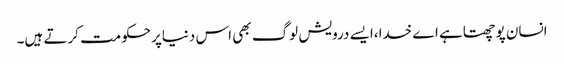
انسان پوچھتاہے اے خدا،ایسے درویش لوگ بھی اس دنیاپرحکومت کرتے ہیں۔